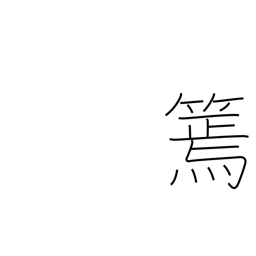
Meaning: slender bamboo